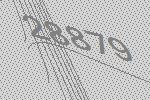
28879